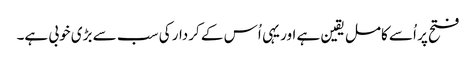
فتح پر اُسے کامل یقین ہے اور یہی اُس کے کردار کی سب سے بڑی خوبی ہے۔